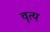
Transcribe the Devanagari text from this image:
वृत्य